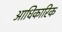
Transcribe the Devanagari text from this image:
अाधिकारिक